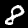
Label: 8